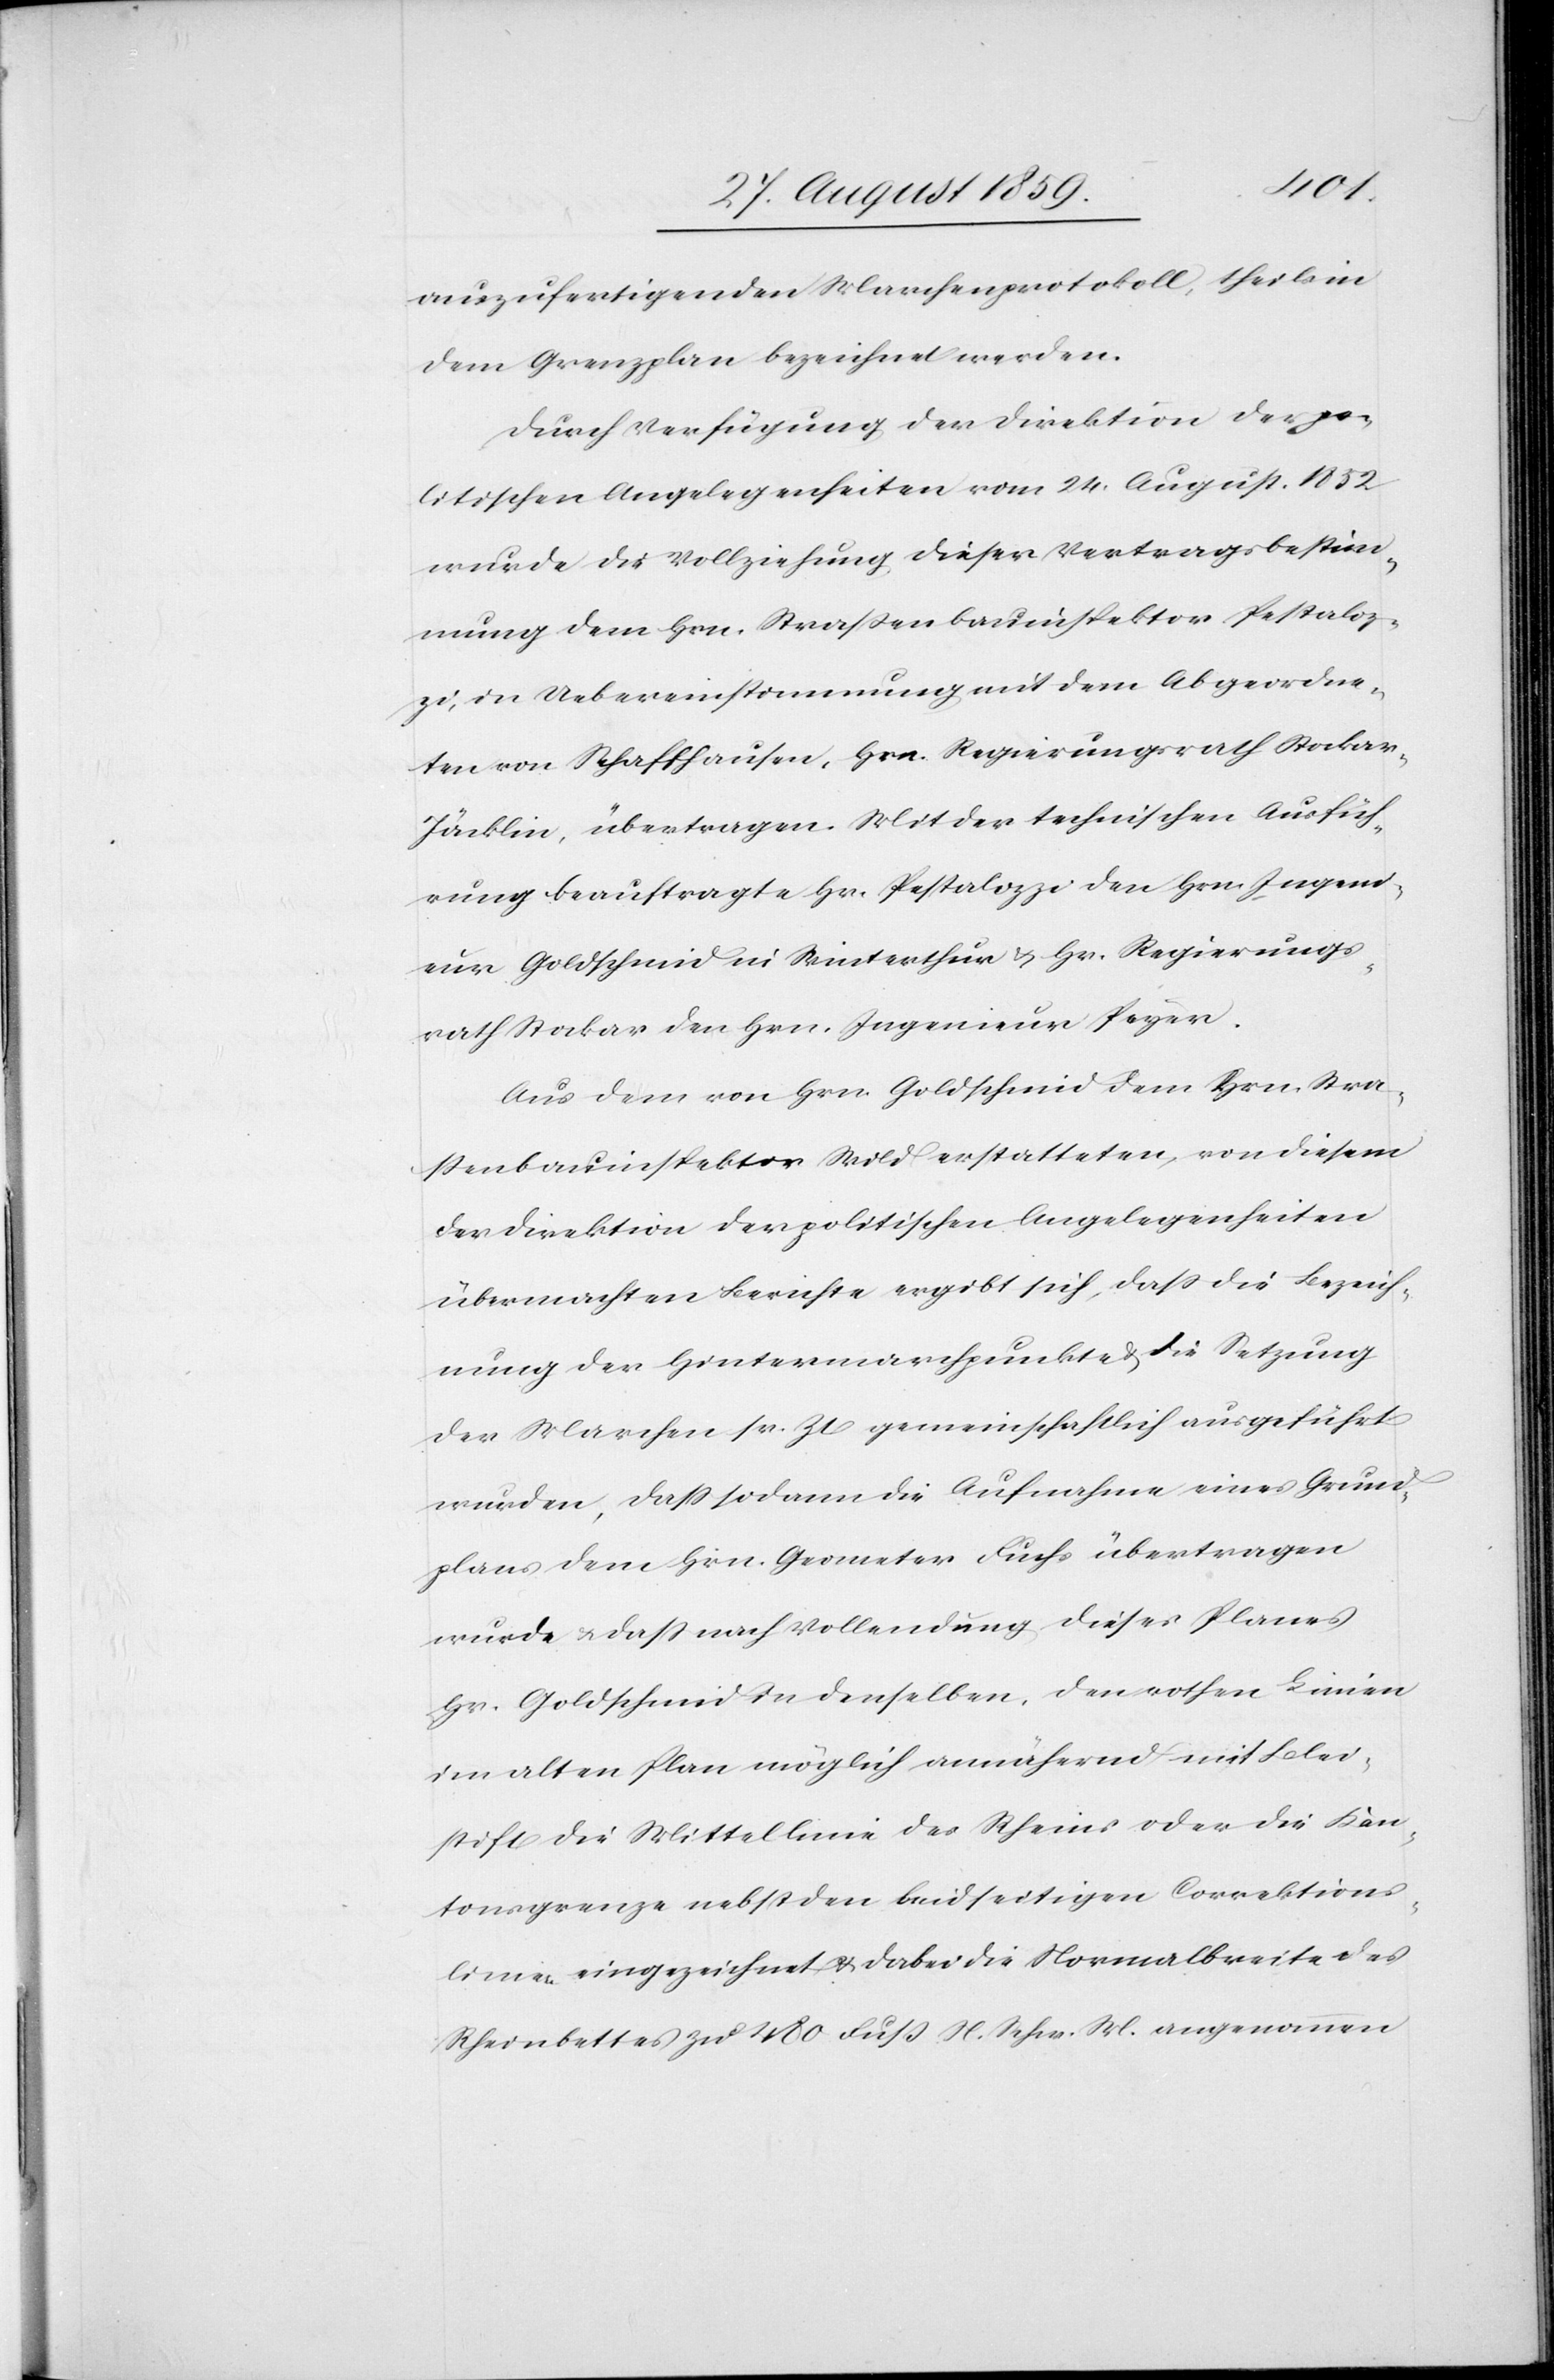
auszufertigenden Marchenprotokoll, theils in
dem Grenzplan bezeichnet werden.
Durch Verfügung der Direktion der po¬
litischen Angelegenheiten vom 24. August 1852
wurde die Vollziehung dieser Vertragsbestim¬
mung dem Hrn. Strassenbauinspektor Pestaloz¬
zi, in Uebereinstimmung mit dem Abgeordne¬
ten von Schaffhausen, Hrn. Regierungsrath Stockar-J¬
äcklin, übertragen. Mit der technischen Ausfüh¬
rung beauftragte Hr. Pestalozzi den Hrn. Ingeni¬
eur Goldschmid in Winterthur & Hr. Regierungs¬
rath Stockar den Hrn. Ingenieur Peyer.
Aus dem von Hrn. Goldschmid dem Hrn. Stra¬
ßenbauinspektor Wild erstatteten, von diesem
der Direktion der politischen Angelegenheiten
übermachten Berichte ergibt sich, daß die Bezeich¬
nung der Hintermarchpunkte & die Setzung
der Marchen sr. Zt. gemeinschaftlich ausgeführt
wurden, daß sodann die Aufnahme eines Grund¬
plans dem Hrn. Geometer Fuchs übertragen
wurde & daß nach Vollendung dieses Planes
Hr. Goldschmid in denselben, den rothen Linien
im alten Plan möglich annähernd mit Blei¬
stift die Mittellinie des Rheins oder die Kan¬
tonsgrenze nebst den beidseitigen Correktions¬
linien eingezeichnet & dabei die Normalbreite des
Rheinbettes zu 480 Fuß N. Schw. W. angenommen